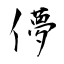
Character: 儚